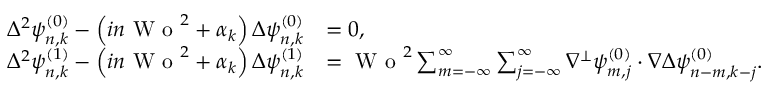
\begin{array} { r l } { \Delta ^ { 2 } \psi _ { n , k } ^ { ( 0 ) } - \left( i n \textrm { W o } ^ { 2 } + \alpha _ { k } \right) \Delta \psi _ { n , k } ^ { ( 0 ) } } & { = 0 , } \\ { \Delta ^ { 2 } \psi _ { n , k } ^ { ( 1 ) } - \left( i n \textrm { W o } ^ { 2 } + \alpha _ { k } \right) \Delta \psi _ { n , k } ^ { ( 1 ) } } & { = \textrm { W o } ^ { 2 } \sum _ { m = - \infty } ^ { \infty } \sum _ { j = - \infty } ^ { \infty } \nabla ^ { \perp } \psi _ { m , j } ^ { ( 0 ) } \cdot \nabla \Delta \psi _ { n - m , k - j } ^ { ( 0 ) } . } \end{array}